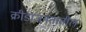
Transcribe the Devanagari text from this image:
क्रीडाजगतातील